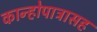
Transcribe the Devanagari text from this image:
कान्होपात्रासह